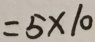
= 5 \times 1 0